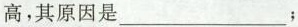
高，其原因是___；